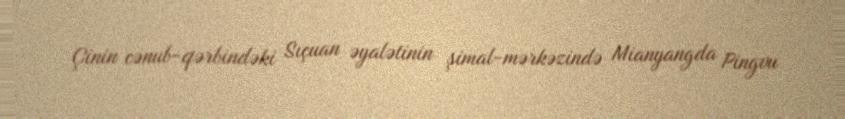
Çinin cənub-qərbindəki Sıçuan əyalətinin şimal-mərkəzində Mianyangda Pingvu